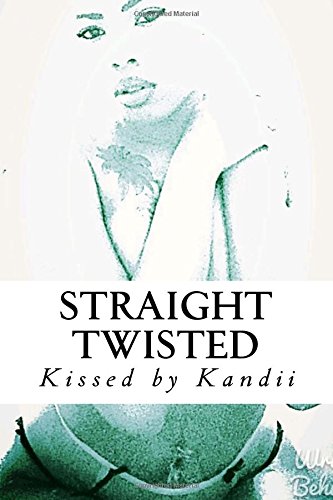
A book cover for Straight Twisted; Kissed by Kandii; Romance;